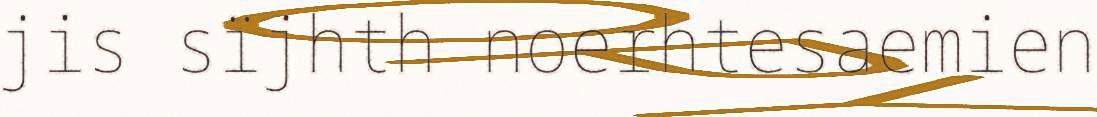
jis sïjhth noerhtesaemien